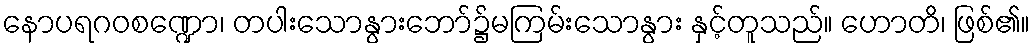
နောပရဂဝစဏ္ဍော၊ တပါးသောနွားဘော်၌မကြမ်းသောနွား နှင့်တူသည်။ ဟောတိ၊ ဖြစ်၏။